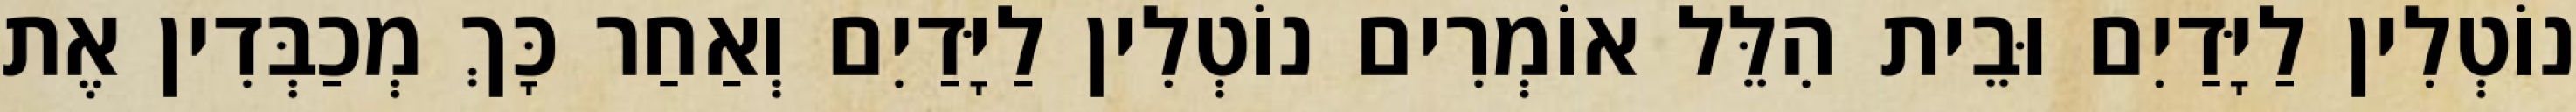
נוֹטְלִין לַיָּדַיִם וּבֵית הִלֵּל אוֹמְרִים נוֹטְלִין לַיָּדַיִם וְאַחַר כָּךְ מְכַבְּדִין אֶת